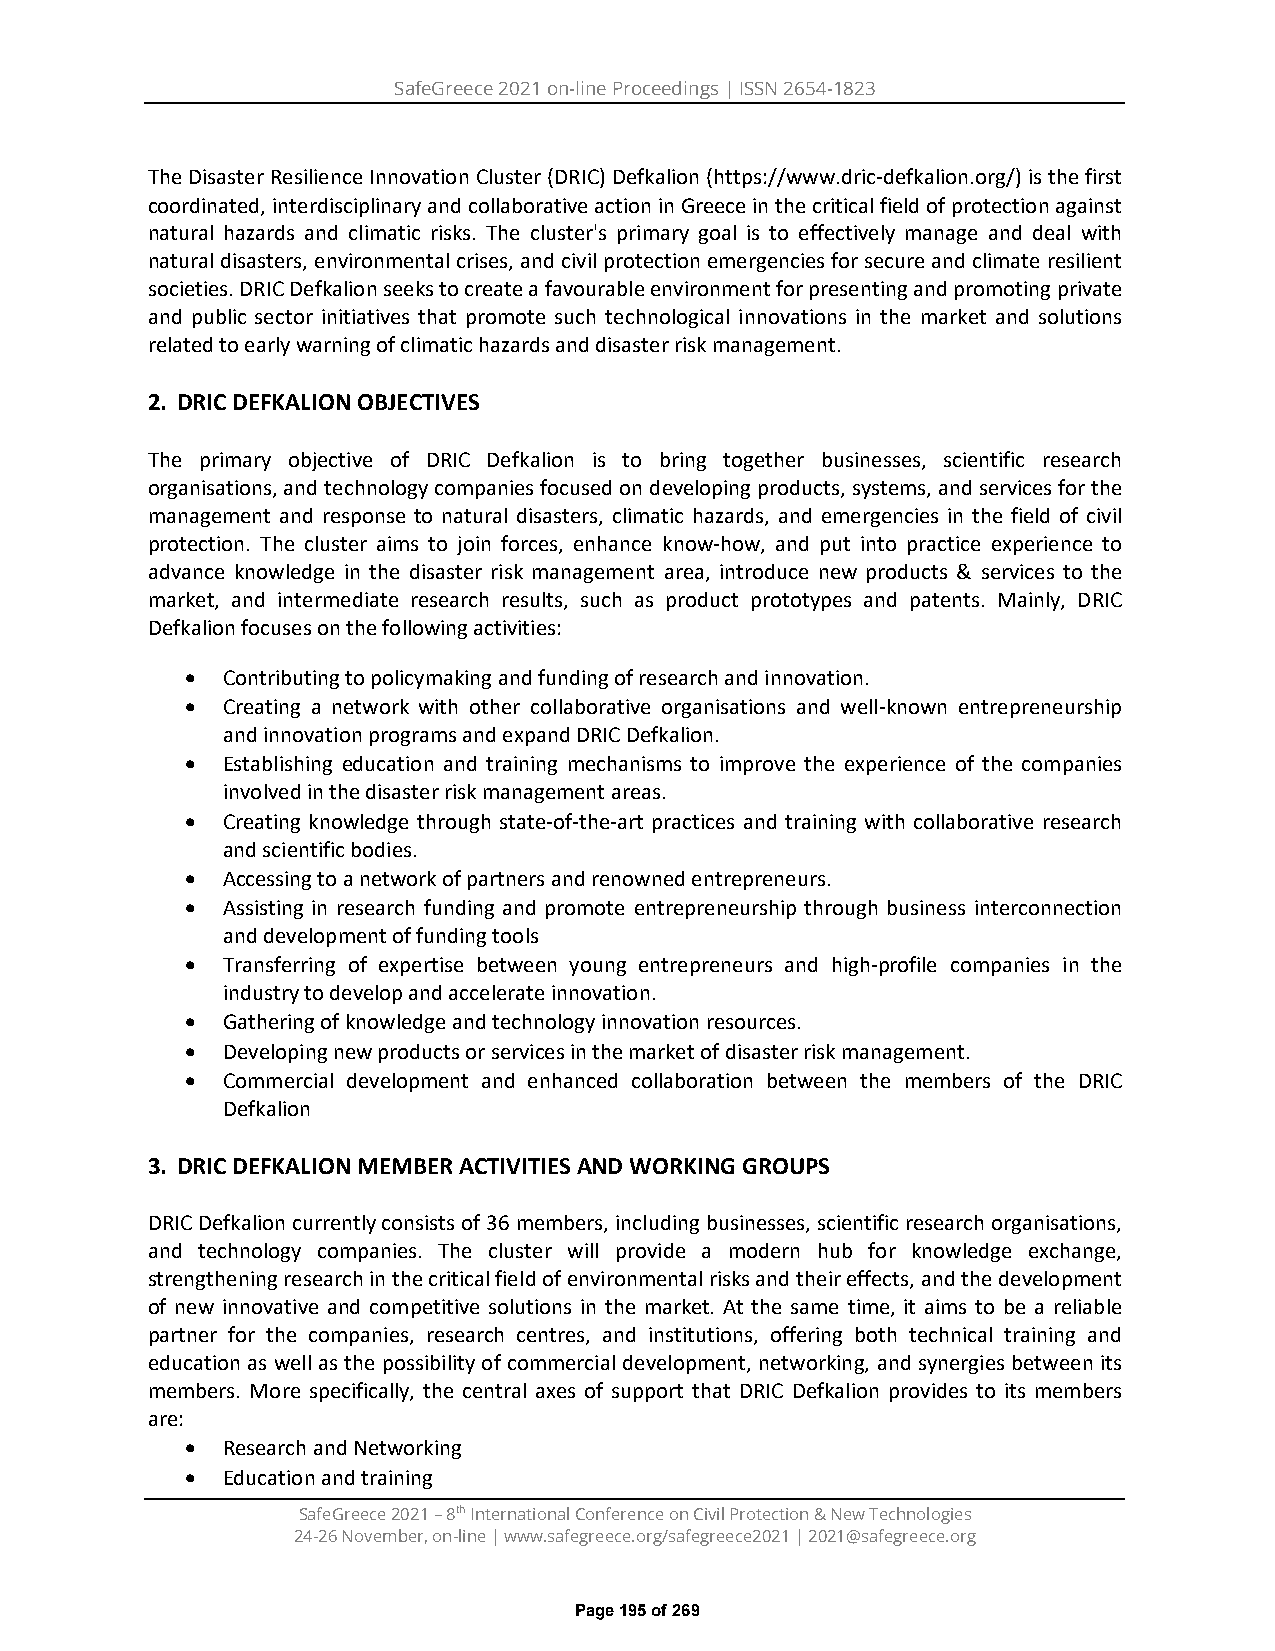
SafeGreece 2021 on-line Proceedings | ISSN 2654-1823
 The Disaster Resilience Innovation Cluster (DRIC) Defkalion (https://www.dric-defkalion.org/) is the first
 coordinated, interdisciplinary and collaborative action in Greece in the critical field of protection against
 natural hazards and climatic risks. The cluster's primary goal is to effectively manage and deal with
 natural disasters, environmental crises, and civil protection emergencies for secure and climate resilient
 societies. DRIC Defkalion seeks to create a favourable environment for presenting and promoting private
 and public sector initiatives that promote such technological innovations in the market and solutions
 related to early warning of climatic hazards and disaster risk management.
 2. DRIC DEFKALION OBJECTIVES
 The primary objective of DRIC Defkalion is to bring together businesses, scientific research
 organisations, and technology companies focused on developing products, systems, and services for the
 management and response to natural disasters, climatic hazards, and emergencies in the field of civil
 protection. The cluster aims to join forces, enhance know-how, and put into practice experience to
 advance knowledge in the disaster risk management area, introduce new products & services to the
 market, and intermediate research results, such as product prototypes and patents. Mainly, DRIC
 Defkalion focuses on the following activities:
 •  Contributing to policymaking and funding of research and innovation.
 •  Creating a network with other collaborative organisations and well-known entrepreneurship
 and innovation programs and expand DRIC Defkalion.
 •  Establishing education and training mechanisms to improve the experience of the companies
 involved in the disaster risk management areas.
 •  Creating knowledge through state-of-the-art practices and training with collaborative research
 and scientific bodies.
 •  Accessing to a network of partners and renowned entrepreneurs.
 •  Assisting in research funding and promote entrepreneurship through business interconnection
 and development of funding tools
 •  Transferring of expertise between young entrepreneurs and high-profile companies in the
 industry to develop and accelerate innovation.
 •  Gathering of knowledge and technology innovation resources.
 •  Developing new products or services in the market of disaster risk management.
 •  Commercial development and enhanced collaboration between the members of the DRIC
 Defkalion
 3. DRIC DEFKALION MEMBER ACTIVITIES AND WORKING GROUPS
 DRIC Defkalion currently consists of 36 members, including businesses, scientific research organisations,
 and technology companies. The cluster will provide a modern hub for knowledge exchange,
 strengthening research in the critical field of environmental risks and their effects, and the development
 of new innovative and competitive solutions in the market. At the same time, it aims to be a reliable
 partner for the companies, research centres, and institutions, offering both technical training and
 education as well as the possibility of commercial development, networking, and synergies between its
 members. More specifically, the central axes of support that DRIC Defkalion provides to its members
 are:
 •  Research and Networking
 •  Education and training
 SafeGreece 2021 – 8th International Conference on Civil Protection & New Technologies
 24-26 November, on-line | www.safegreece.org/safegreece2021 | 2021@safegreece.org
 Page 195 of 269